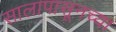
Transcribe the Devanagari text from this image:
सालापासूनच्या